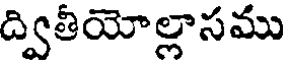
ద్వితీయోల్లాసము